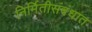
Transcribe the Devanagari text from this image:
निर्मितीसंबंधात